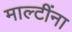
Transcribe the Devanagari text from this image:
माल्टींना